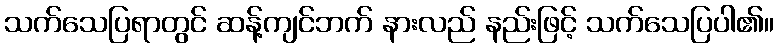
သက်သေပြရာတွင် ဆန့်ကျင်ဘက် နားလည် နည်းဖြင့် သက်သေပြပါ၏။